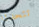
تتحدثا